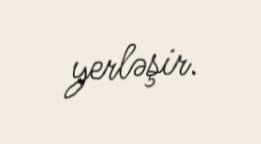
yerləşir.